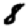
Digit: 8